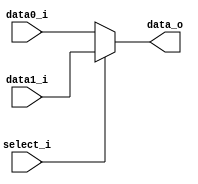

`timescale 1ns/1ps

module MUX_2to1(
    input  [31:0] data0_i,
    input  [31:0] data1_i,
    input         select_i,
    output [31:0] data_o
);

assign data_o = (select_i == 0) ? data0_i : data1_i;

endmodule